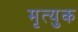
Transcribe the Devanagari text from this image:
मृत्युक